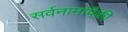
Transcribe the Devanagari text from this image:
सर्वनामांपैकी